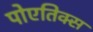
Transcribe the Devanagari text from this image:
पोएतिक्स